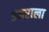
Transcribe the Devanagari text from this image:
उमराला